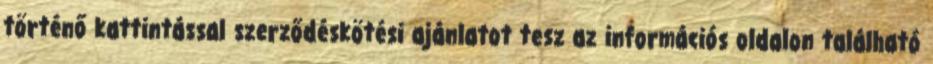
történő kattintással szerződéskötési ajánlatot tesz az információs oldalon található